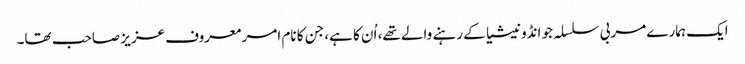
ایک ہمارے مربی سلسلہ جو انڈونیشیا کے رہنے والے تھے، اُن کا ہے، جن کا نام امر معروف عزیز صاحب تھا۔